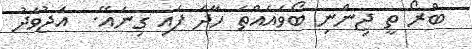
ބްރޯ ތީ ޖިންނި ބޯވައެއްތަ ހާދަ ފައި ގިނައޭ.  އަޖުވަދު